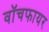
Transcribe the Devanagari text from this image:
वॉचफायर